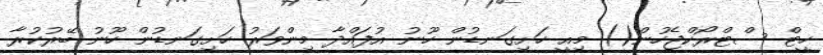
ހީޓް ސްޓްރޯކްޖެހުން() މިއީ ހަށިގަނޑުން ހޫނު އުފައްދާ މިންވަރު ހަށިގަނޑުން ހޫނު ބޭރުކުރާ